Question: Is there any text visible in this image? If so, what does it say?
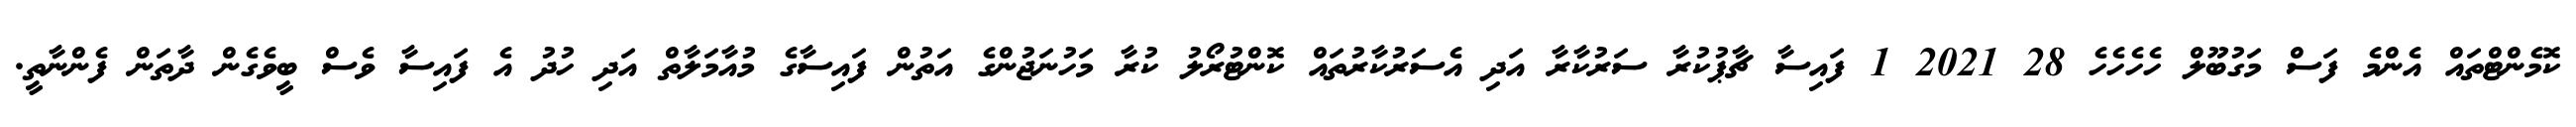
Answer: ކޮމެންޓްތައް އެންމެ ފަސް މަގުބޫލް ހެހެހެހެ 28 2021 1 ފައިސާ ޗާޕުކުރާ ސަރުކާރާ އަދި އެސަރުކާރުތައް ކޮންޓުރޯލު ކުރާ މަހުނަޖުންގެ އަތުން ފައިސާގެ މުއާމަލާތް އަދި ހުދު އެ ފައިސާ ވެސް ބީވެގެން ދާތަން ފެންނާތީ.